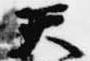
天